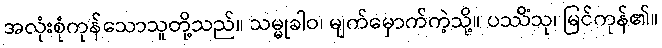
အလုံးစုံကုန်သောသူတို့သည်။ သမ္မုခါဝ၊ မျက်မှောက်ကဲ့သို့။ ပဿိံသု၊ မြင်ကုန်၏။